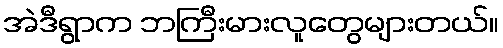
အဲဒီရွာက ဘကြီးမားလူတွေများတယ်။